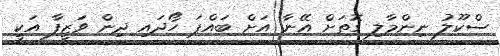
ސްކޫލު ނިންމާލި ގޮތަށް އޭނާ އަށް ބައްޕަ ހޯދައި ދިން ވަޒީފާ އަކީ